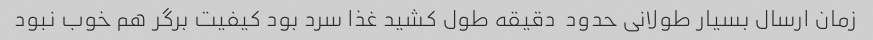
زمان ارسال بسیار طولانی حدود  دقیقه طول کشید غذا سرد بود کیفیت برگر هم خوب نبود